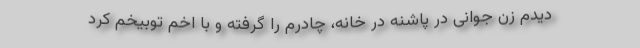
دیدم زن جوانی در پاشنه درِ خانه، چادرم را گرفته و با اخم توبیخم کرد